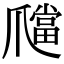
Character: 𤔶